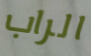
الراب